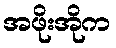
အဖိုးအိုက